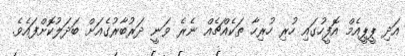
އަދި ޕީޕީއެމް އޮފީހުގައި ހުރި ހުރިހާ ތަކެއްޗެއް ނެރެ ވަނީ ދަރުބާރުގެއަށް ބަދަލުކޮށްފައެވެ.